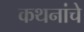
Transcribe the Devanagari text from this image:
कथनांचे